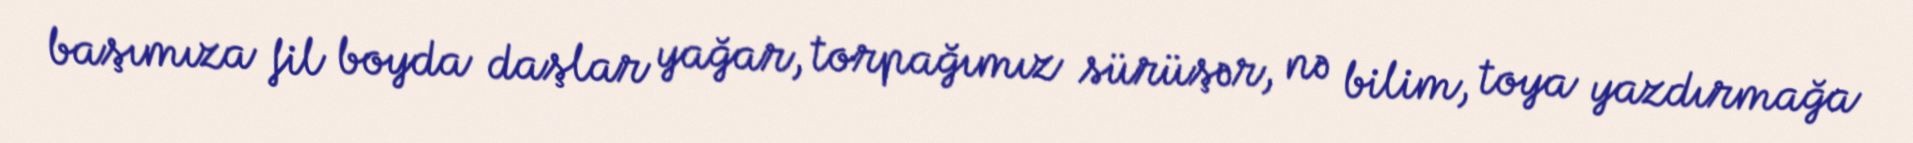
başımıza fil boyda daşlar yağar, torpağımız sürüşər, nə bilim, toya yazdırmağa